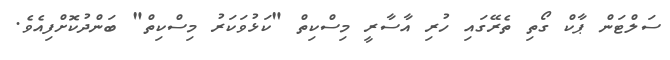
ސަލްޓަން ޕާކް ގޯތި ތެރޭގައި ހުރި އާސާރީ މިސްކިތް "ކަޅުވަކަރު މިސްކިތް" ބަންދުކޮށްފިއެވެ.